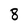
Character: 8